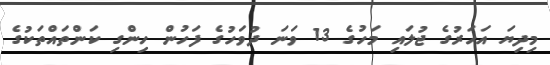
މިދިޔަ އަހަރުގެ ޖުލައި މަހުގެ 13 ވަނަ ދުވަހުގެ ފަހުން ހިންގި ކަންތައްތަކުގެ